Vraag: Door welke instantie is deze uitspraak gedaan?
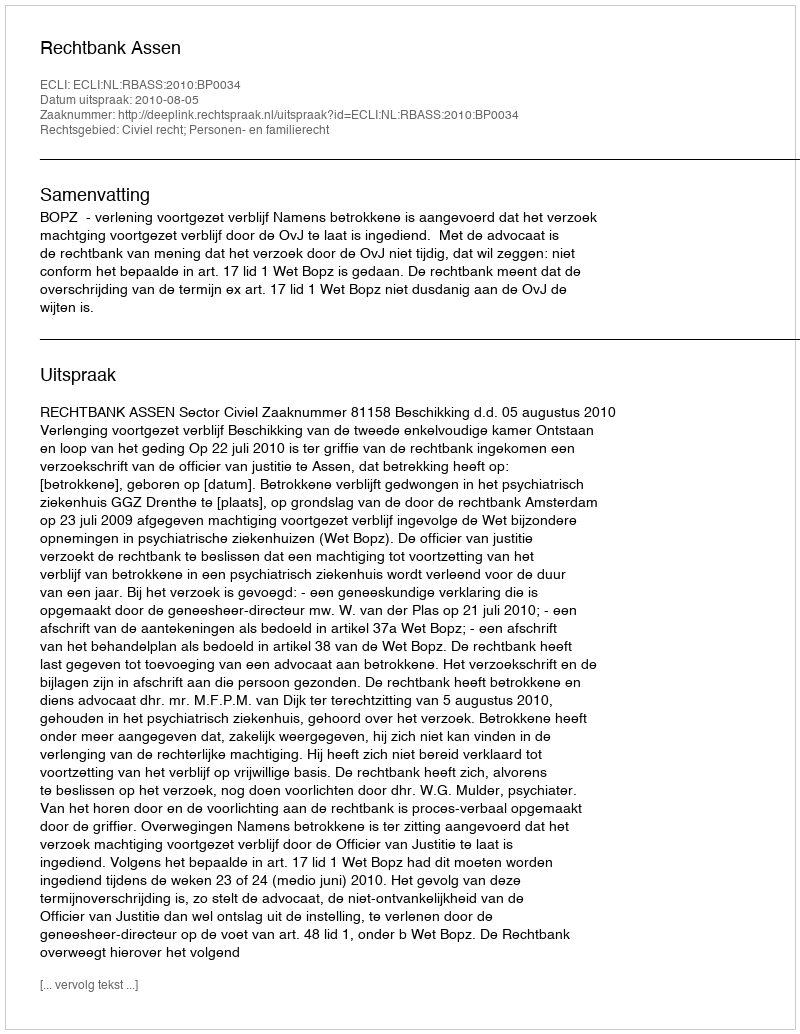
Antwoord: Rechtbank Assen